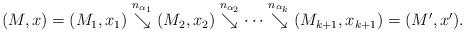
LaTeX: \begin{align*}(M,x)=(M_1,x_1)\overset{n_{\alpha_1}}\searrow(M_2,x_2)\overset{n_{\alpha_2}}\searrow\cdots\overset{n_{\alpha_k}}\searrow (M_{k+1},x_{k+1})=(M',x').\end{align*}